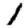
Digit: 1